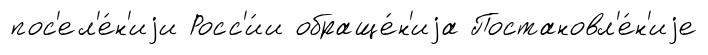
пос'ел'е́н'иjи Росс'и́и обраще́н'иjа Постановл'е́н'иjе